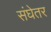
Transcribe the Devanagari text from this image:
संघेतर